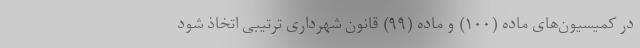
در کمیسیون‌های ماده (۱۰۰) و ماده (۹۹) قانون شهرداری ترتیبی اتخاذ شود